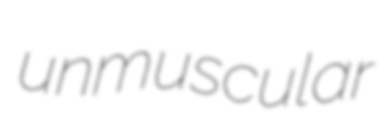
unmuscular